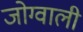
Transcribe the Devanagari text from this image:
जोग्वाली